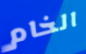
الخام